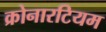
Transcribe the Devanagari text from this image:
क्रोनारटियम